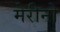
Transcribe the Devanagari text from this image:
मेरीनो